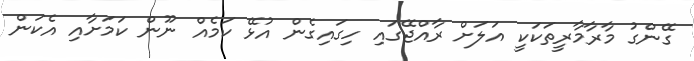
ގޭންގު މާރާމާރީތަކަކީ އަލަށް ރާއްޖޭގައި ހިގައިގެން އުޅޭ ކަމެއް ނޫން ކަމަށާއި އެކަން